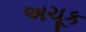
અચૂક